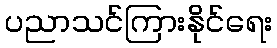
ပညာသင်ကြားနိုင်ရေး